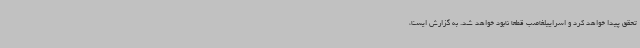
تحقق پیدا خواهد کرد و اسراییلغاصب قطعا نابود خواهد شد. به گزارش ایسنا،